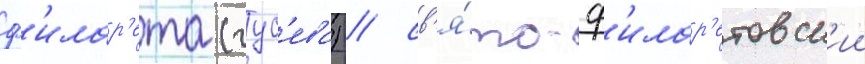
ф'илар'ета (гус'ева) / св'я́то-ф'илар'етовск'ии